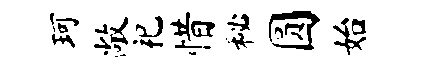
珂敞祀惜秘圆始